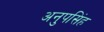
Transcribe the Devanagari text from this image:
अनुपसिंह